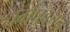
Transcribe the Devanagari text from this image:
धर्मप्रवचन